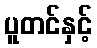
ပူတင်နှင့်